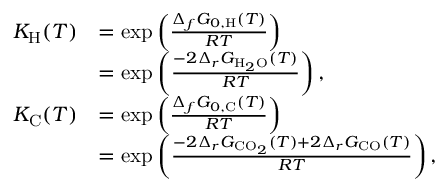
\begin{array} { r l } { K _ { \mathrm { H } } ( T ) } & { = \exp \left( \frac { \Delta _ { f } G _ { 0 , \mathrm { H } } ( T ) } { R T } \right) } \\ & { = \exp \left( \frac { - 2 \Delta _ { r } G _ { \mathrm { H } _ { 2 } \mathrm { O } } ( T ) } { R T } \right) , } \\ { K _ { \mathrm { C } } ( T ) } & { = \exp \left( \frac { \Delta _ { f } G _ { 0 , \mathrm { C } } ( T ) } { R T } \right) } \\ & { = \exp \left( \frac { - 2 \Delta _ { r } G _ { \mathrm { C O } _ { 2 } } ( T ) + 2 \Delta _ { r } G _ { \mathrm { C O } } ( T ) } { R T } \right) , } \end{array}